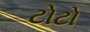
ટોટો